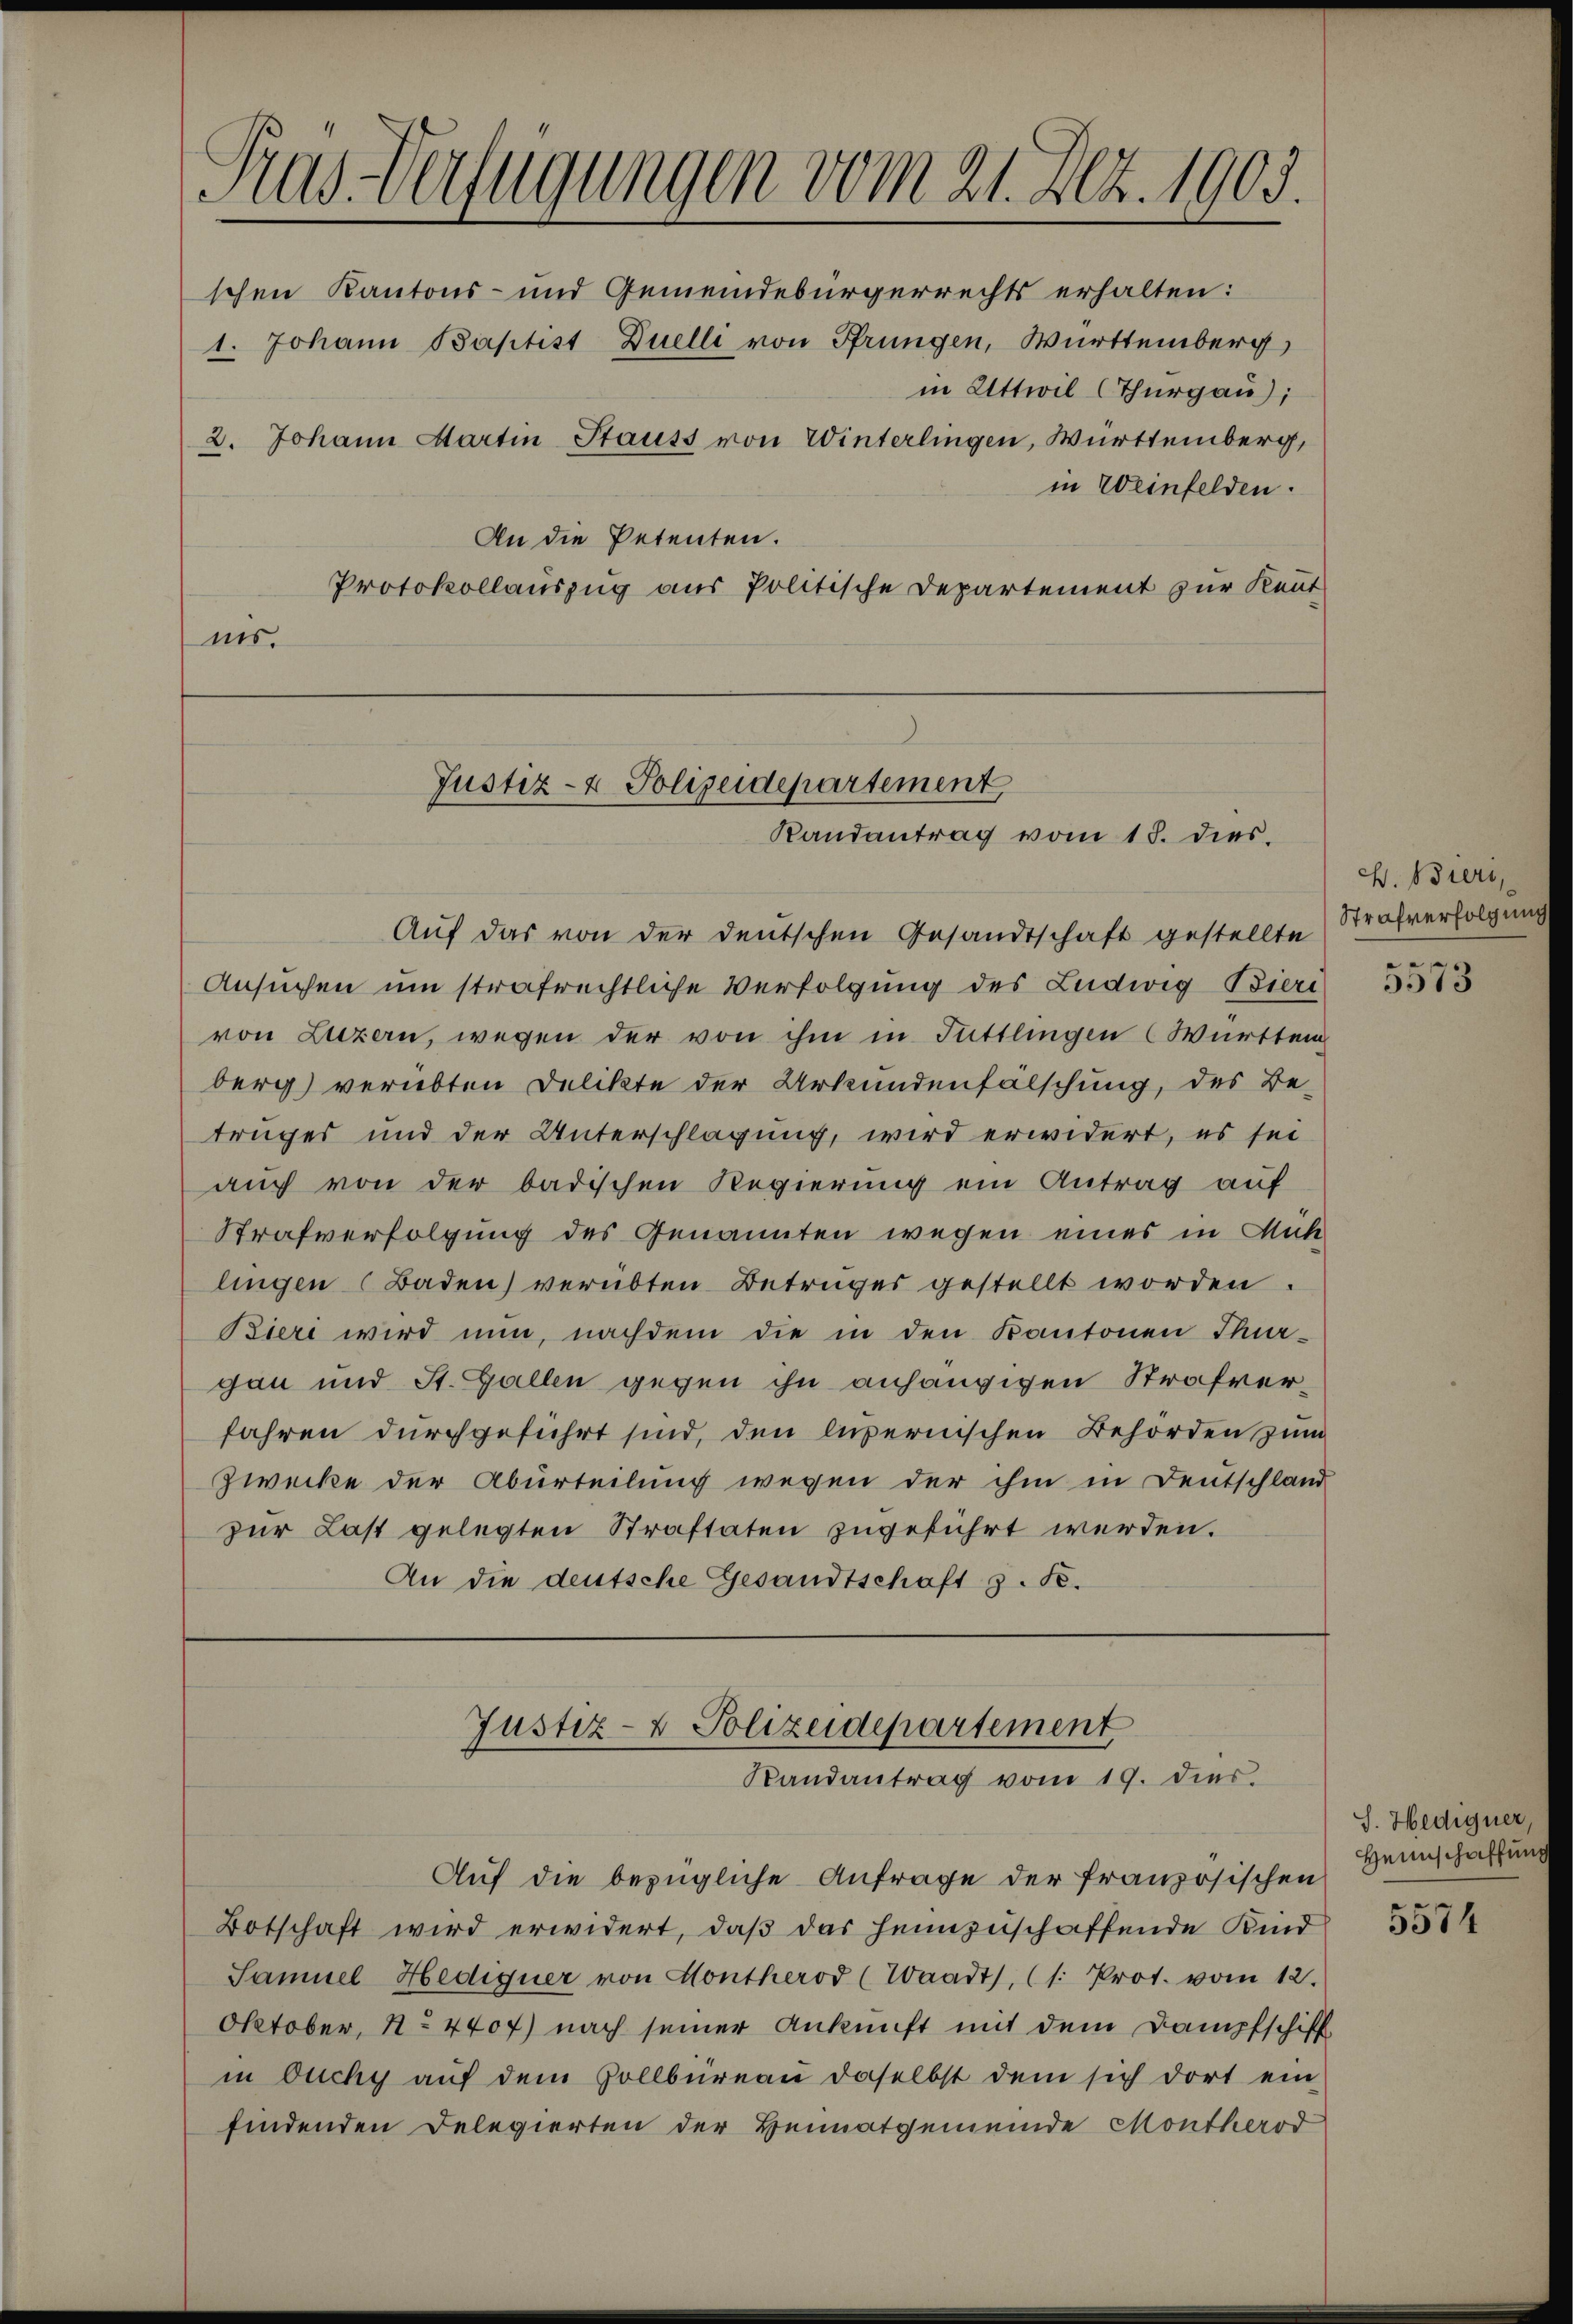
Tras-Verfügungen vom 21. Dez. 1903.

schen Kantons- und Gemeindebürgerrechts erhalten:
1. Johann Baptist Duelli von Pfrungen, Württemberg
in Uttwil (Thurgau);
2. Johann Martin Stauss von Winterlingen, Württemberg,
in Weinfelden.
An die Petenten.
Protokollauszug aus Politische Departement zur Kennt
nis.

Justiz- & Polizeidepartement
Randantrag vom 18. dies

Auf das von der deutschen Gesandtschaft gestellte Strafverfolgung
Ansuchen um strafrechtliche Verfolgung des Ludwig Bieri
von Luzern, wegen der von ihm in Tuttlingen Württem
berg) verübten Delikte der Urkundenfälschung, des Be-
truges und der Unterschlagung, wird erwidert, es sei
auch von der badischen Regierung ein Antrag auf
Strafverfolgung des Genannten wegen eines in Mit-
lingen Baden) verübten Betruges gestellt worden.
Biert wird nun, nachdem die in den Kantonen Thur-
gau und St. Gallen gegen ihn anhängigen Strafverfahren durchgeführt sind, den luzernischen Behörden zum
Zwecke der Aburteilung wegen der ihm in Deutschland
zur Last gelegten Straftaten zugeführt werden.
An die deutsche Gesandtschaft z. S.

Auf die bezügliche Anfrage der französischen
Botschaft wird erwidert, daß das heimzuschaffende Kind
Samuel Hediquer von Hontherod (Waadt, (1: Prot. vom 12.
Oktober, No 4407) nach seiner Ankunft mit dem Dampfschiff
in Duchy auf dem Zollbüreau daselbst dem sich dort ein-
findenden Delegierten der Heimatgemeinde Montherod

Justiz- & Polizeidepartement
Randantrag vom 19. dies.

W. Bieri,

r
5515

5574

S. Hediguer,
Heimschaffung